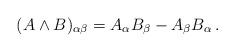
LaTeX: \begin{align*}(A\wedge B)_{\alpha\beta}=A_\alpha B_\beta-A_\beta B_\alpha\,.\end{align*}